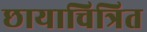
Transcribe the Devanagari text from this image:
छायाचित्रित